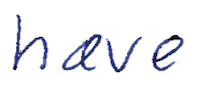
Text: have
Cross-out: clean
Writing tool: ballpoint